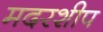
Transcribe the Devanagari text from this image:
मदरशीप